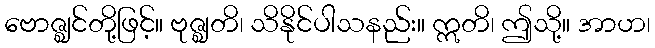
ဗောဇ္ဈင်တို့ဖြင့်။ ဗုဇ္ဈတိ၊ သိနိုင်ပါသနည်း။ ဣတိ၊ ဤသို့။ အာဟ၊